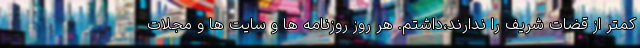
کمتر از قضات شریف را ندارند،داشتم. هر روز روزنامه ها و سایت ها و مجلات